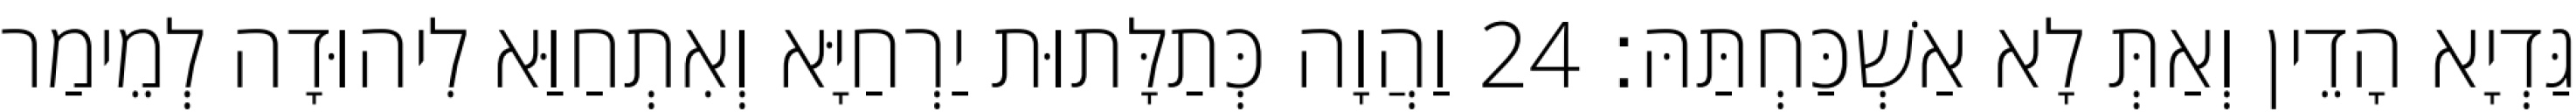
גַּדְיָא הָדֵין וְאַתְּ לָא אַשְׁכַּחְתַּהּ׃ 24 וַהֲוָה כְּתַלָּתוּת יַרְחַיָּא וְאִתְחַוַּא לִיהוּדָה לְמֵימַר